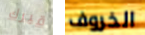
قبرك الخروف